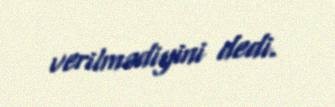
verilmədiyini dedi.